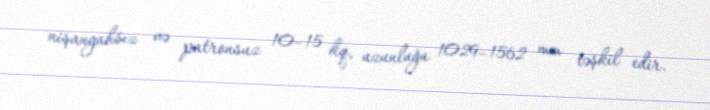
nişangahsız və patronsuz 10–15 kq, uzunluğu 1029–1562 mm təşkil edir.